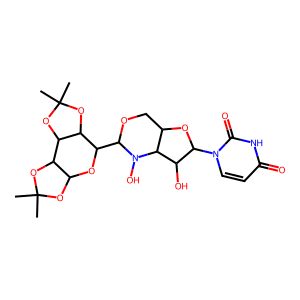
SMILES: CC1(C)OC2OC(C3OCC4OC(n5ccc(=O)[nH]c5=O)C(O)C4N3O)C3OC(C)(C)OC3C2O1
Inhibits HIV replication: No